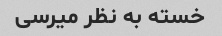
خسته به نظر میرسی